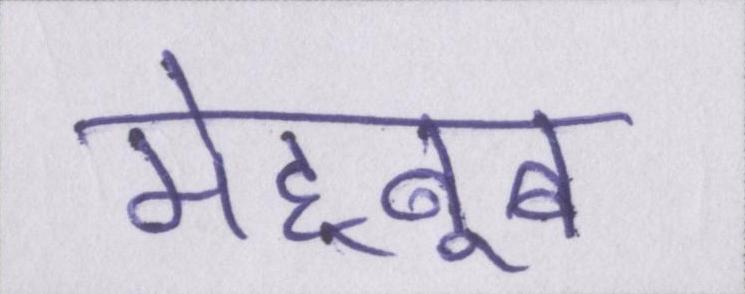
मेह्बूब